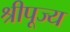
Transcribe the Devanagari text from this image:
श्रीपूज्य